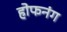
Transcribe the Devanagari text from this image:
होफनंग